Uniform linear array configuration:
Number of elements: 4
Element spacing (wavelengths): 1
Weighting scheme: kaiser
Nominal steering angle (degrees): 15
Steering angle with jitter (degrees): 13.706
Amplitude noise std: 0.05
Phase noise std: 0.05

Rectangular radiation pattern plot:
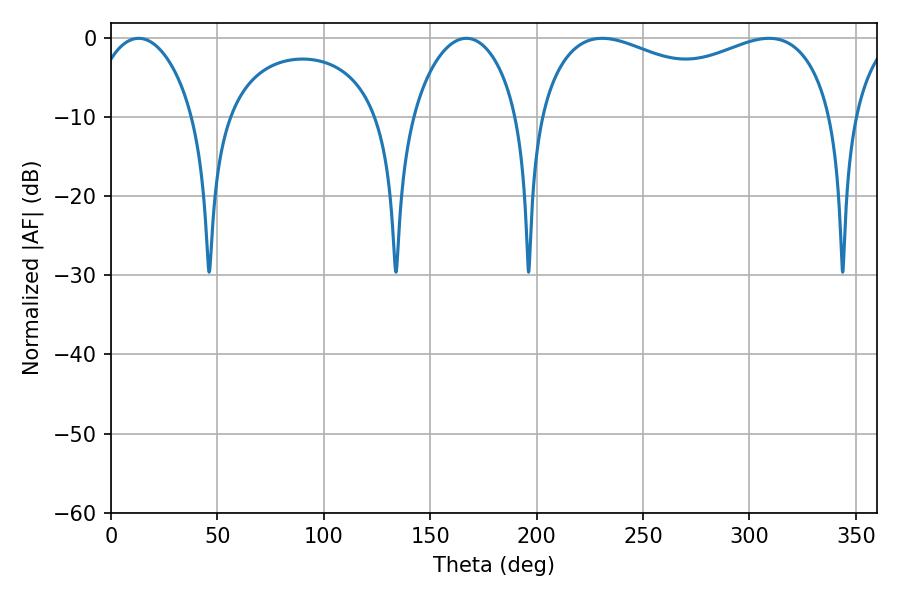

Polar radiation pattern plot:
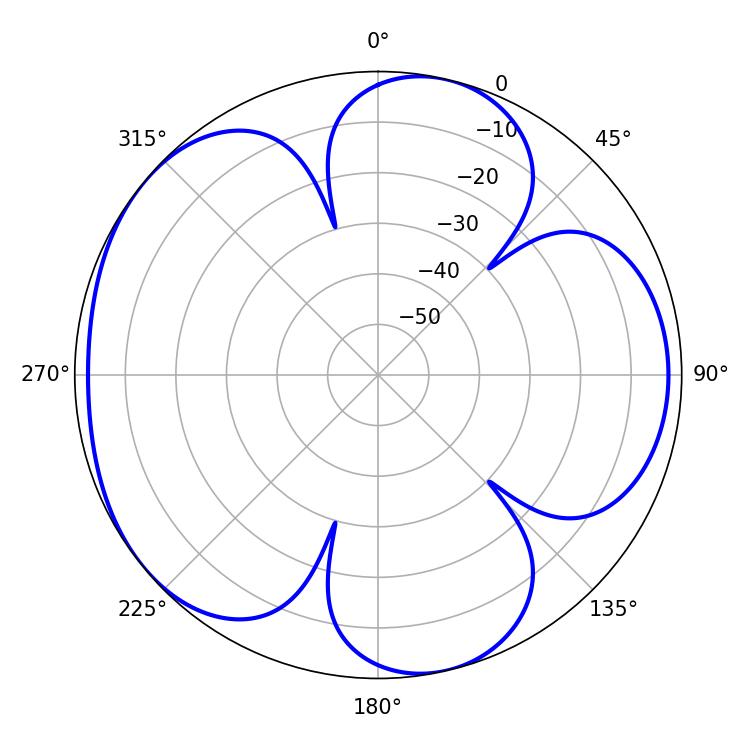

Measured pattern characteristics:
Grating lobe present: TRUE
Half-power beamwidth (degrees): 114.48
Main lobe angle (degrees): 230.76